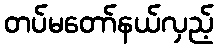
တပ်မတော်နယ်လှည့်